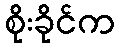
စိုးခိုင်က